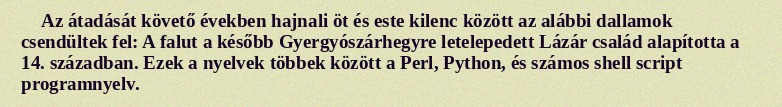
Az átadását követő években hajnali öt és este kilenc között az alábbi dallamok csendültek fel: A falut a később Gyergyószárhegyre letelepedett Lázár család alapította a 14. században. Ezek a nyelvek többek között a Perl, Python, és számos shell script programnyelv.